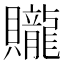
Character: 贚